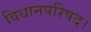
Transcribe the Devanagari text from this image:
विधानपरिषद।